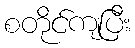
စတိုင်ကျပြီး